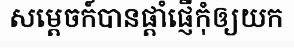
សម្តេចក៍បានផ្តាំផ្ញើកុំឲ្យយក